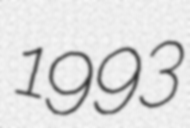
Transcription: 1993